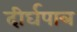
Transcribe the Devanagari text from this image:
दीर्घपात्र